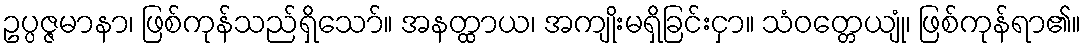
ဥပ္ပဇ္ဇမာနာ၊ ဖြစ်ကုန်သည်ရှိသော်။ အနတ္ထာယ၊ အကျိုးမရှိခြင်းငှာ။ သံဝတ္တေယျုံ၊ ဖြစ်ကုန်ရာ၏။